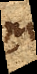
interni